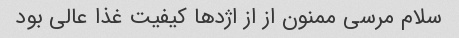
سلام مرسی ممنون از از اژدها کیفیت غذا عالی بود